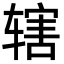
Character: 辖